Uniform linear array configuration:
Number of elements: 12
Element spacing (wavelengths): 0.5
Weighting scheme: hann
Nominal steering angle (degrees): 60
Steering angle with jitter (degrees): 61.157
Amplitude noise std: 0.05
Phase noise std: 0.05

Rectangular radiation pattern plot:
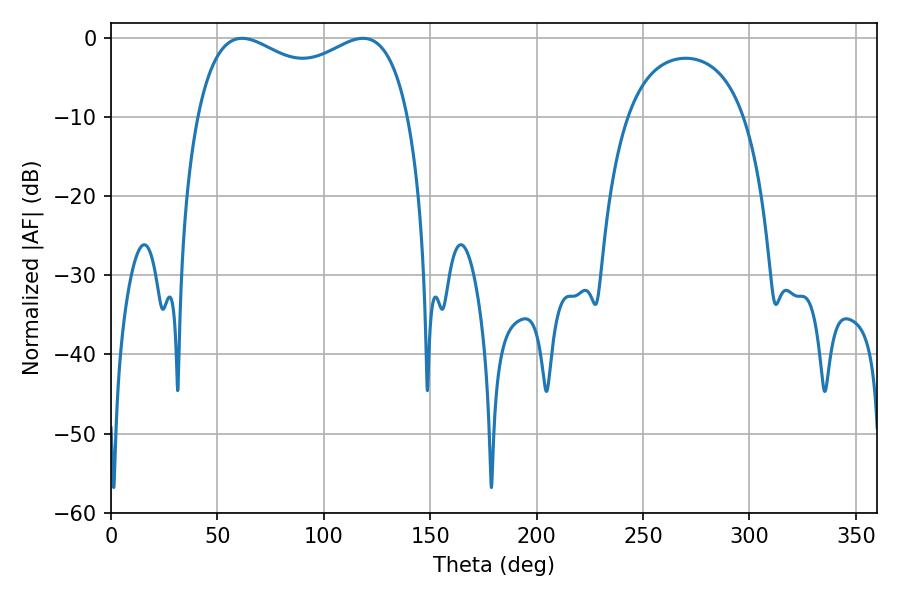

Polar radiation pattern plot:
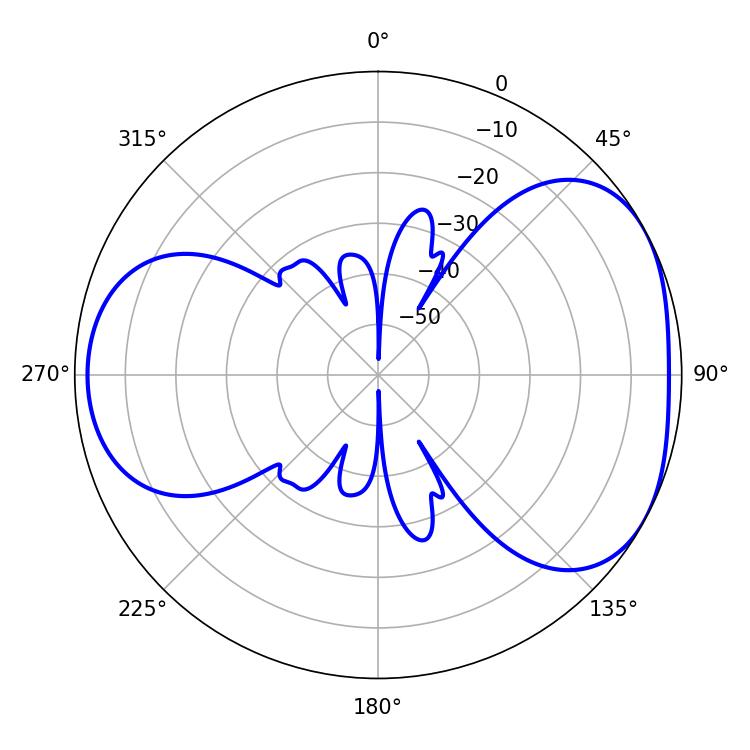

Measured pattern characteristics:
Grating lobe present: FALSE
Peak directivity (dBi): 4.459
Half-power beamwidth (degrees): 82.8
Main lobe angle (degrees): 61.56